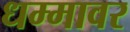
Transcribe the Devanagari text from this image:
धम्मावर